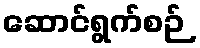
ဆောင်ရွက်စဉ်